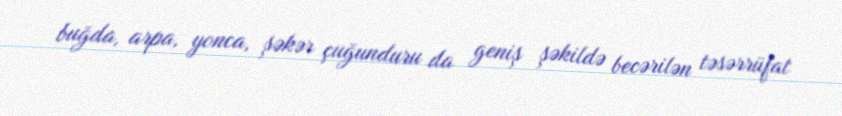
buğda, arpa, yonca, şəkər çuğunduru da geniş şəkildə becərilən təsərrüfat